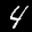
Label: 4